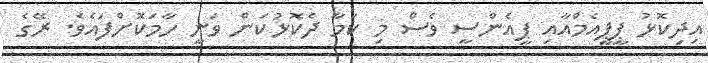
އިދިކޮޅު ޕީޕީއެމްއާއި ޕީއެންސީ ވެސް މި ކަމާ ދެކޮޅުކަން ވަނީ ހާމަކޮށްފައެވެ. ރޭގެ